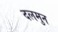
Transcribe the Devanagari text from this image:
दलमुन